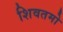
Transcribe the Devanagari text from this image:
शिवतमो